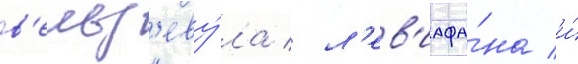
в'ельз'еву́ла / л'ев'иафа́на и́